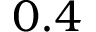
0 . 4